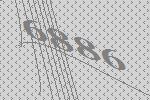
6886